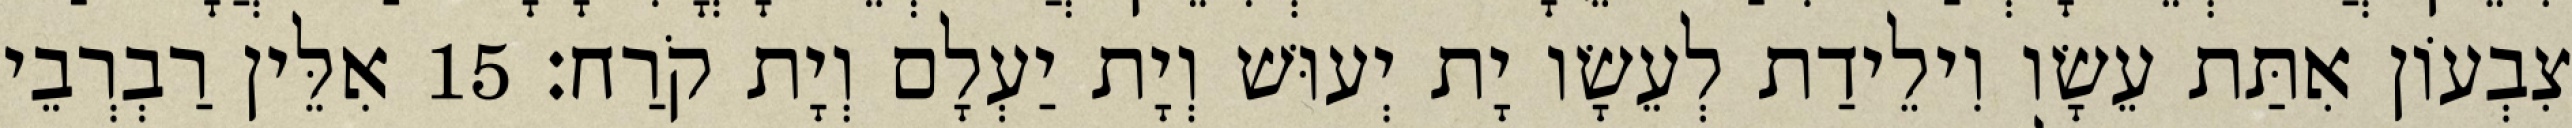
צִבְעוֹן אִתַּת עֵשָׂו וִילֵידַת לְעֵשָׂו יָת יְעוּשׁ וְיָת יַעְלָם וְיָת קֹרַח׃ 15 אִלֵּין רַבְרְבֵי